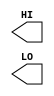
module sky130_fd_sc_hd__conb (
    //# {{data|Data Signals}}
    output HI,
    output LO
);

    // Voltage supply signals
    supply1 VPWR;
    supply0 VGND;
    supply1 VPB ;
    supply0 VNB ;

endmodule